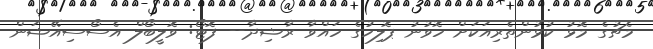
މެޗުގެ މޮޅު ކުޅުންތެރިއަކަށް ހޮވުނު ޕޮލިހުގެ ހައްވާ ރާޝިދާ-- ފޮޓޯ: ވޮލީބޯލް އެސޯސިއޭޝަން